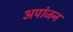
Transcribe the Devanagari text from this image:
अपांजन